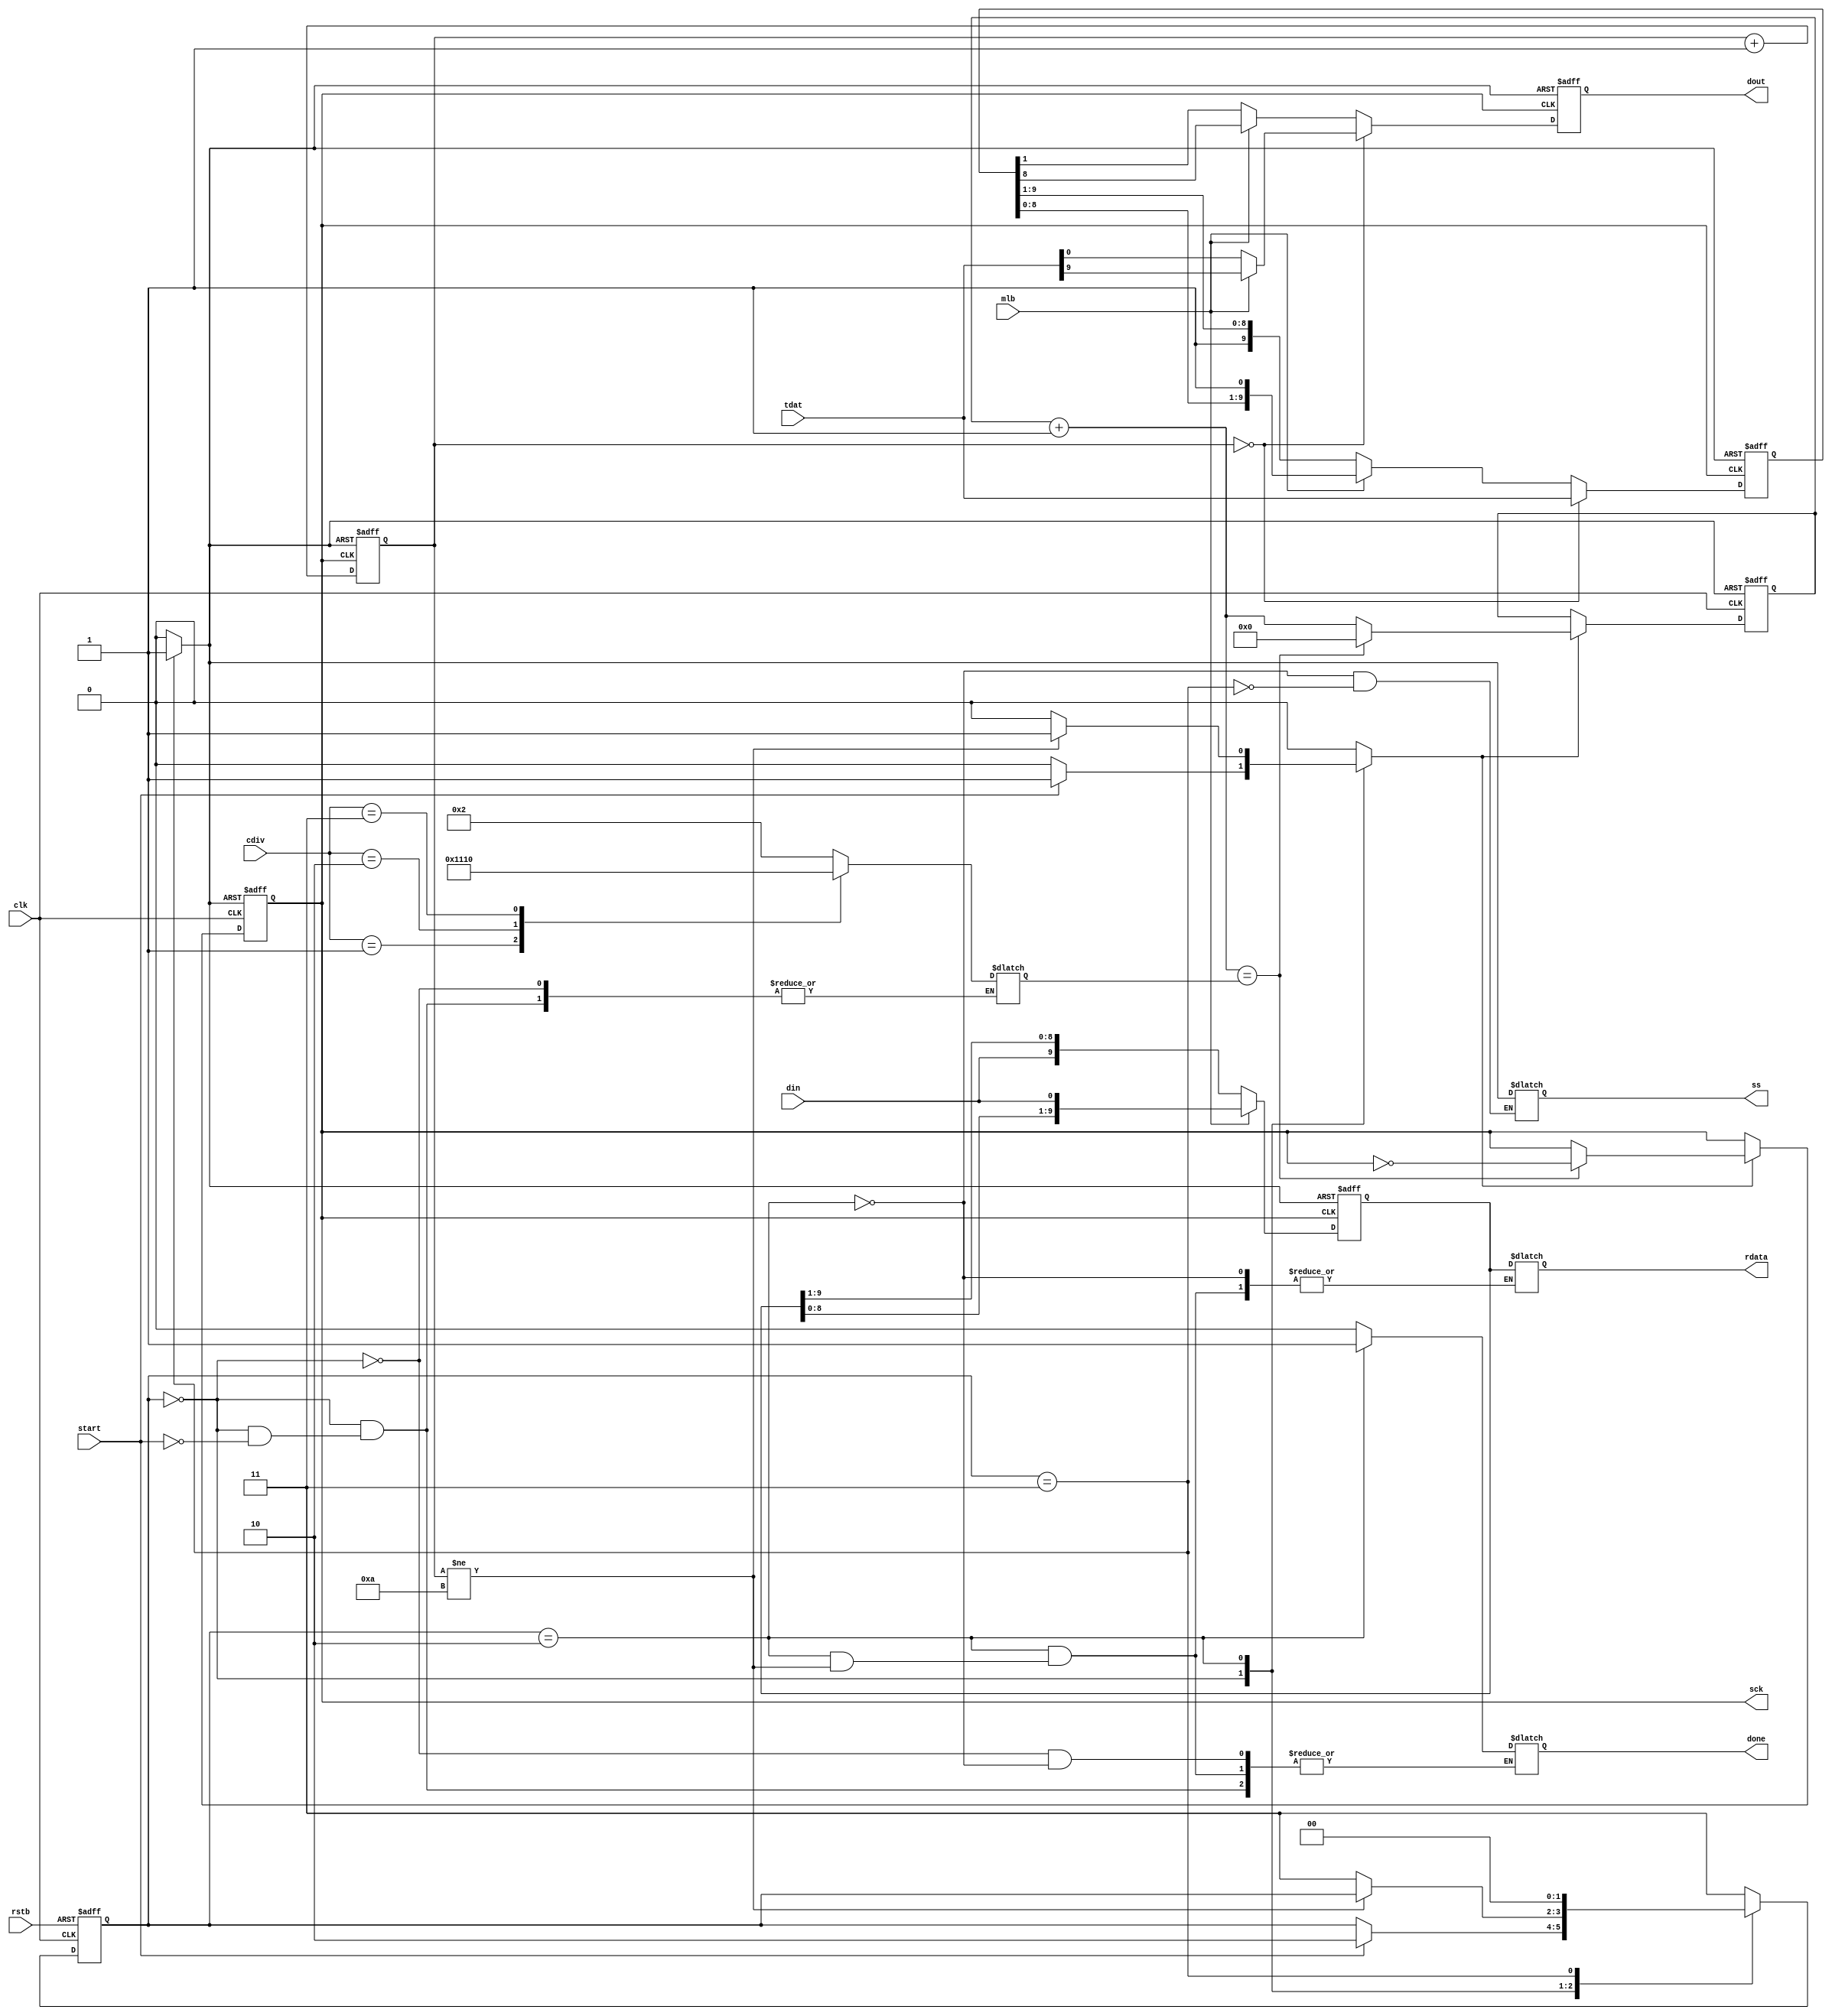
/*~~~~~~~~~~~~~~~~~~~~~~~~~~~~~~~~~~~~~~~~~~~~~~~~~~~~~~~~~~~~~~~~~~~~~~~~~~~~~~~~~~~~~~~
  SPI MODE 3
		CHANGE DATA @ NEGEDGE
		read data @posedge

 RSTB-active low asyn reset, CLK-clock, T_RB=0-rx  1-TX, mlb=0-LSB 1st 1-msb 1st
 START=1- starts data transmission cdiv 0=clk/4 1=/8   2=/16  3=/32
~~~~~~~~~~~~~~~~~~~~~~~~~~~~~~~~~~~~~~~~~~~~~~~~~~~~~~~~~~~~~~~~~~~~~~~~~~~~~~~~~~~~~~~*/
module spi_master( rstb, clk, mlb, start, tdat, cdiv, din, ss, sck, dout, done, rdata );
input rstb,clk,mlb,start;
input [9:0] tdat;  //transmit data
input [1:0] cdiv;  //clock divider
input din;
output reg ss; 
output reg sck; 
output reg dout; 
output reg done;
output reg [9:0] rdata; //received data

parameter idle = 2'b00;
parameter send = 2'b10; 
parameter finish = 2'b11; 
reg [1:0] cur, nxt;
reg [9:0] treg, rreg;
reg [3:0] nbit;
reg [4:0] mid, cnt;
reg shift, clr;

//FSM i/o
always @(start or cur or nbit) begin
	nxt = cur;
	clr = 0;  
	shift = 0; //ss = 0;
	case ( cur )
		idle: begin
			if ( start == 1) begin 
				case ( cdiv )
					2'b00: mid = 2;
					2'b01: mid = 4;
					2'b10: mid = 8;
					2'b11: mid = 16;
 				endcase
				shift = 1;
				done = 1'b0;
				nxt = send;	 
			end
		end // idle		
		send: begin
			ss = 0;
			if ( nbit != 10 ) begin 
				shift = 1;
			end
			else begin
				rdata = rreg;
        done = 1'b1;
				nxt = finish;
			end
		end // send
		finish: begin
			shift = 0;
			ss = 1;
			clr = 1;
			nxt = idle;
		end
		default: nxt = finish;
  endcase
end // always

//state transistion
always@(negedge clk or negedge rstb) begin
	if( rstb == 0 ) 
		cur <= finish;
	else 
		cur <= nxt;
end

//setup falling edge (shift dout) sample rising edge (read din)
always@( negedge clk or posedge clr) begin
	if ( clr == 1 ) begin
    cnt = 0; 
    sck = 1;
  end
  else begin
		if ( shift == 1 ) begin
			cnt = cnt + 1; 
	  	if( cnt == mid ) begin
	  		sck = ~sck;
				cnt = 0;
			end //mid
		end //shift
	end //rst
end //always

//sample @ rising edge (read din)
always@( posedge sck or posedge clr ) begin // or negedge rstb
	if ( clr == 1 )  begin
		nbit = 0;
		rreg = 10'h3FF;
	end
	else begin 
	  if ( mlb == 0 ) begin //LSB first, din@msb -> right shift
		  rreg = { din, rreg[9:1] };
    end 
		else begin //MSB first, din@lsb -> left shift
		  rreg = { rreg[8:0], din };
    end
		nbit = nbit + 1;
	end //rst
end //always

always@(negedge sck or posedge clr) begin
	if ( clr == 1) begin
	  treg = 10'h3FF;
    dout = 1;  
	end  
	else begin
		if( nbit == 0 ) begin //load data into TREG
			treg = tdat;
      dout = mlb ? treg[9]:treg[0];
		end //nbit_if
		else begin
			if( mlb == 0 ) begin //LSB first, shift right
			  treg = { 1'b1, treg[9:1]};
        dout = treg[0];
      end
			else begin  //MSB first shift LEFT
		  	treg = { treg[8:0], 1'b1};
        dout = treg[9];
      end
		end
	end //rst
end //always

endmodule